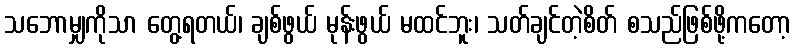
သဘောမျှကိုသာ တွေ့ရတယ်၊ ချစ်ဖွယ် မုန်းဖွယ် မထင်ဘူး၊ သတ်ချင်တဲ့စိတ် စသည်ဖြစ်ဖို့ကတော့